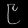
Digit: ၉